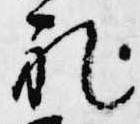
礼